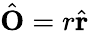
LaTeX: {\hat{\mathbf{O}}}=r{\hat{\mathbf{r}}}